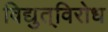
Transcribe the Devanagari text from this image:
विद्युत्‌विरोध